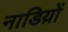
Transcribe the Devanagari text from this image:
नाडिय़ों